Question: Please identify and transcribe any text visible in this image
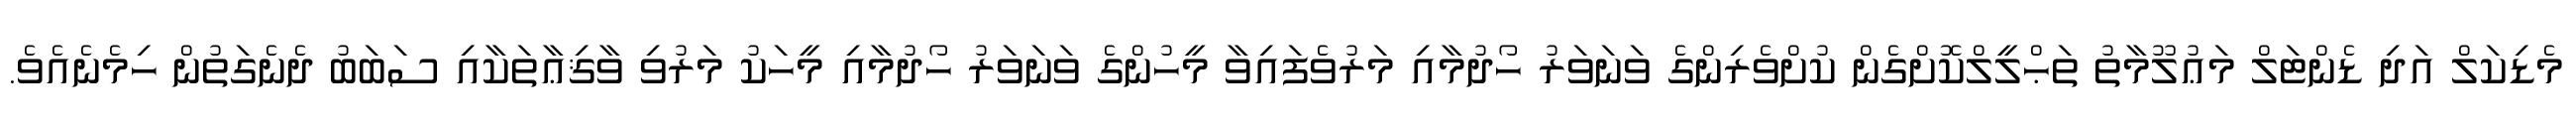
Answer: މެޑިކަލް އަދި ޑެންޓަލް މަޢުލޫމާތު ތަޙްލީލްކޮށްގެން ކުށްވެރިންގެ ވަނަވަރު ހޯދުމާއި މަރުވެފައިވާ މީހުންގެ ވަނަވަރު ހޯދުމާއި މީހަކު މަރުވި ވާޤިޢާތަކާއި ސަބަބު ދެނެގަތުން ހިމެނެއެވެ.